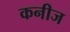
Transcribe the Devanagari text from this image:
कनीज